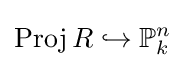
\operatorname {Proj} R\hookrightarrow \mathbb {P} _{k}^{n}